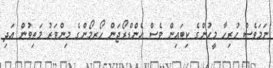
ނަމަވެސް ހުރިހާ މީހުންގެ ކިބައިން ވެސް އެންޑްރޯޖަން ހޯރމޯންގެ މިންވަރު މަތިވުން އަދި